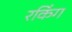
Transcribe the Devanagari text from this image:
रकिंग